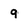
Character: 9